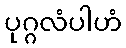
ပုဂ္ဂလံပါဟံ